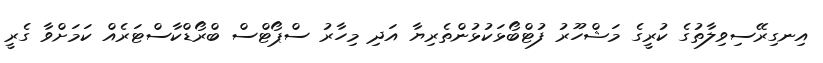
އިނގިރޭސިވިލާތުގެ ކުރީގެ މަޝްހޫރު ފުޓްބޯޅަކުޅުންތެރިޔާ އަދި މިހާރު ސްޕޯޓްސް ބްރޯޑްކާސްޓަރެއް ކަމަށްވާ ގެރީ